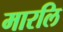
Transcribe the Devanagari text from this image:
मारलि